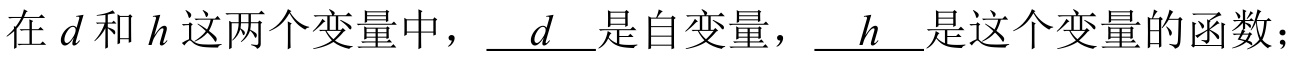
在 \(d\) 和 \(h\) 这两个变量中，\(\underline{\ \ d\ \ }\)是自变量，\(\underline{\ \ h\ \ }\)是这个变量的函数；